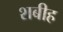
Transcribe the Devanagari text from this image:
शबीह